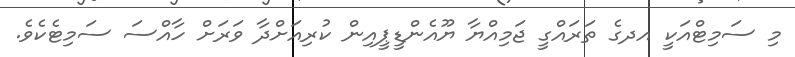
މި ސަމިޓްއަކީ އދގެ ތަރައްގީ ޖަމިއްޔާ ޔޫއެންޑީޕީއިން ކުރިއަށްދާ ވަރަށް ހާއްސަ ސަމިޓެކެވެ.